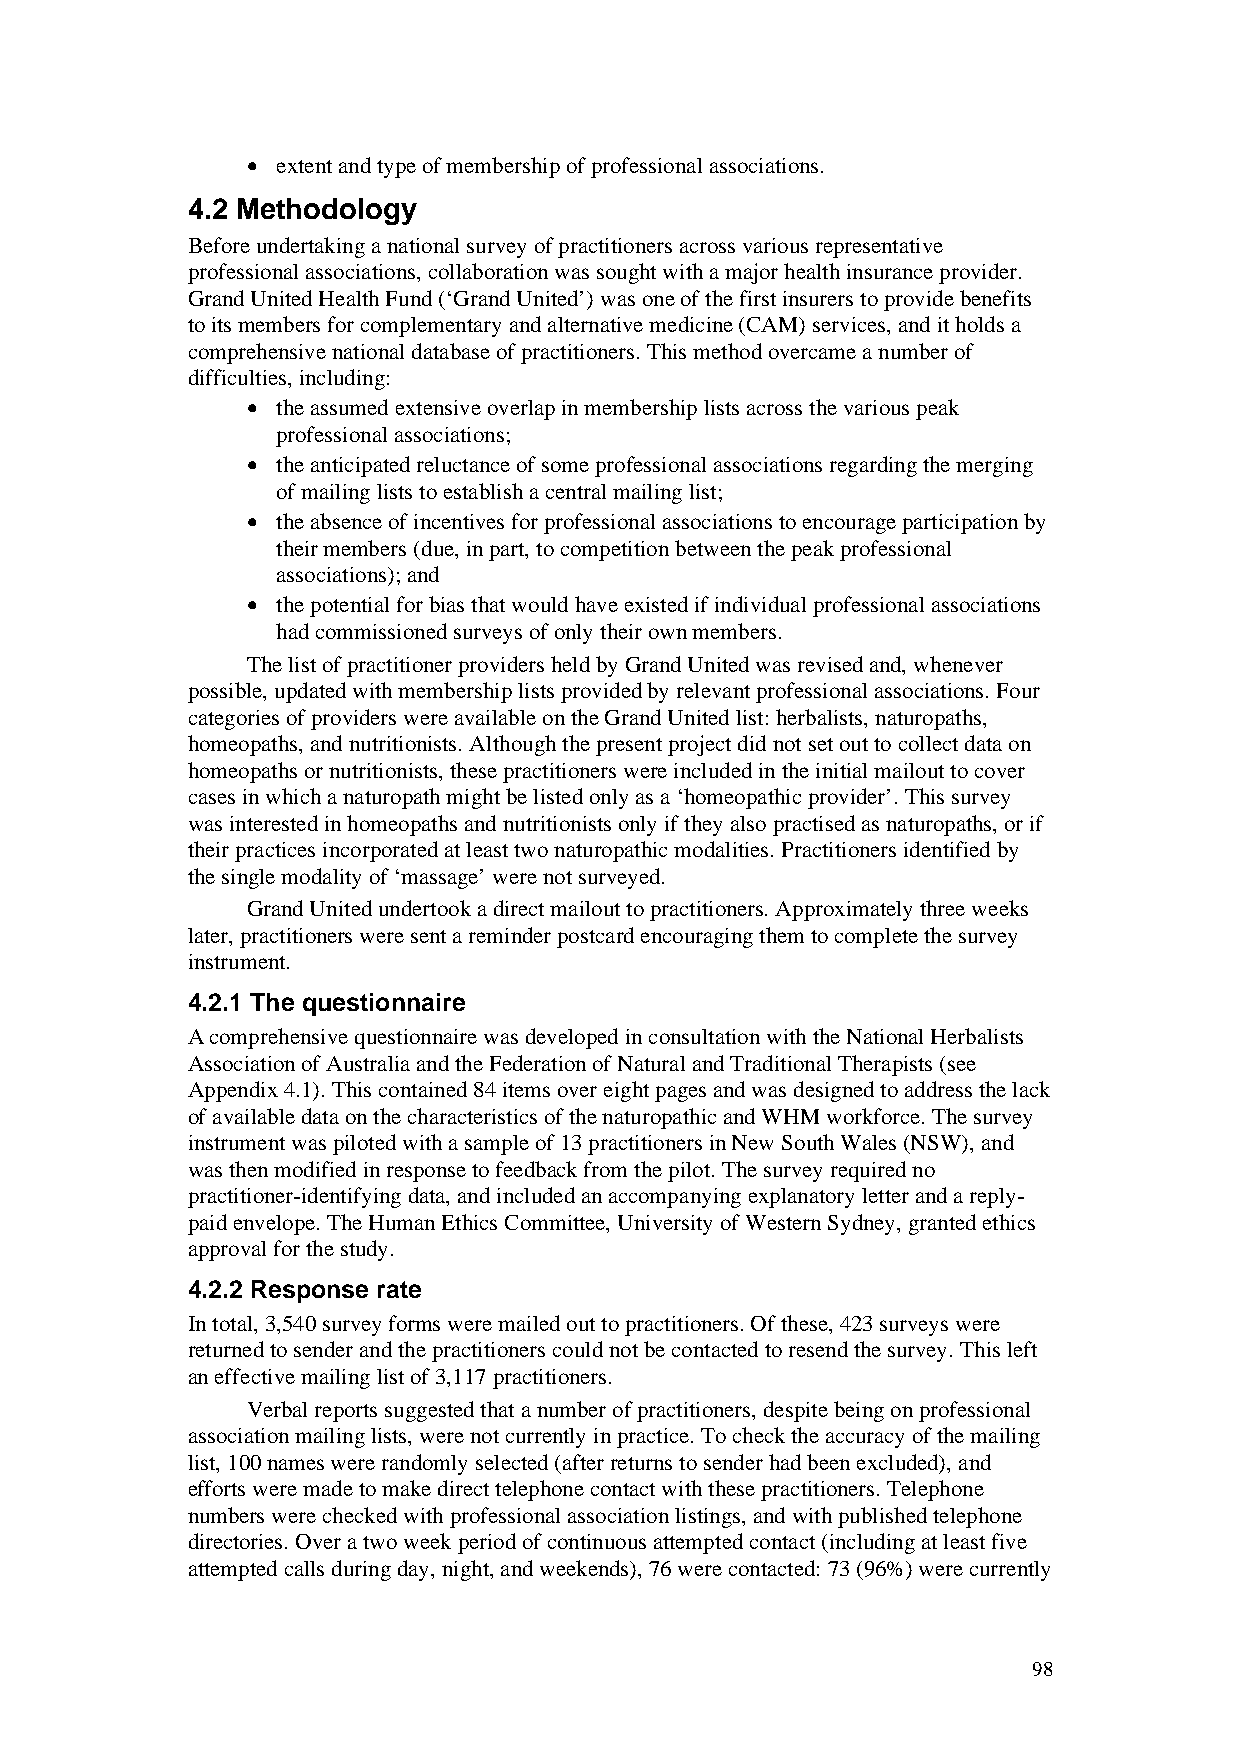
• extent and type of membership of professional associations.
 4.2 Methodology
 Before undertaking a national survey of practitioners across various representative
 professional associations, collaboration was sought with a major health insurance provider.
 Grand United Health Fund (‘Grand United’) was one of the first insurers to provide benefits
 to its members for complementary and alternative medicine (CAM) services, and it holds a
 comprehensive national database of practitioners. This method overcame a number of
 difficulties, including:
 • the assumed extensive overlap in membership lists across the various peak
 professional associations;
 • the anticipated reluctance of some professional associations regarding the merging
 of mailing lists to establish a central mailing list;
 • the absence of incentives for professional associations to encourage participation by
 their members (due, in part, to competition between the peak professional
 associations); and
 • the potential for bias that would have existed if individual professional associations
 had commissioned surveys of only their own members.
 The list of practitioner providers held by Grand United was revised and, whenever
 possible, updated with membership lists provided by relevant professional associations. Four
 categories of providers were available on the Grand United list: herbalists, naturopaths,
 homeopaths, and nutritionists. Although the present project did not set out to collect data on
 homeopaths or nutritionists, these practitioners were included in the initial mailout to cover
 cases in which a naturopath might be listed only as a ‘homeopathic provider’. This survey
 was interested in homeopaths and nutritionists only if they also practised as naturopaths, or if
 their practices incorporated at least two naturopathic modalities. Practitioners identified by
 the single modality of ‘massage’ were not surveyed.
 Grand United undertook a direct mailout to practitioners. Approximately three weeks
 later, practitioners were sent a reminder postcard encouraging them to complete the survey
 instrument.
 4.2.1 The questionnaire
 A comprehensive questionnaire was developed in consultation with the National Herbalists
 Association of Australia and the Federation of Natural and Traditional Therapists (see
 Appendix 4.1). This contained 84 items over eight pages and was designed to address the lack
 of available data on the characteristics of the naturopathic and WHM workforce. The survey
 instrument was piloted with a sample of 13 practitioners in New South Wales (NSW), and
 was then modified in response to feedback from the pilot. The survey required no
 practitioner-identifying data, and included an accompanying explanatory letter and a reply-
 paid envelope. The Human Ethics Committee, University of Western Sydney, granted ethics
 approval for the study.
 4.2.2 Response rate
 In total, 3,540 survey forms were mailed out to practitioners. Of these, 423 surveys were
 returned to sender and the practitioners could not be contacted to resend the survey. This left
 an effective mailing list of 3,117 practitioners.
 Verbal reports suggested that a number of practitioners, despite being on professional
 association mailing lists, were not currently in practice. To check the accuracy of the mailing
 list, 100 names were randomly selected (after returns to sender had been excluded), and
 efforts were made to make direct telephone contact with these practitioners. Telephone
 numbers were checked with professional association listings, and with published telephone
 directories. Over a two week period of continuous attempted contact (including at least five
 attempted calls during day, night, and weekends), 76 were contacted: 73 (96%) were currently
 98